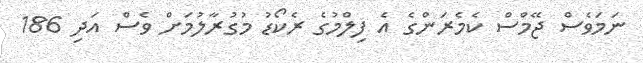
ނަމަވެސް ޖޭމްސް ކެމެރަންގެ އެ ފިލްމުގެ ރެކޯޑު މުގުރާލުމަށް ވެސް އަދި 186